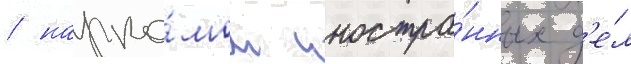
/ нарко́мом иностра́нных д'е́л